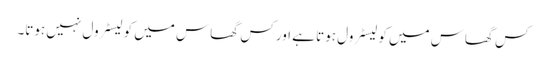
کس گھاس میں کولیسٹرول ہوتا ہے اور کس گھاس میں کولیسٹرول نہیں ہوتا۔